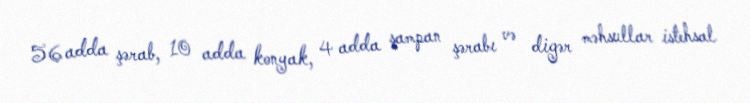
56 adda şərab, 10 adda konyak, 4 adda şampan şərabı və digər məhsullar istehsal